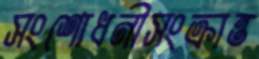
সংশোধনীসংক্রান্ত